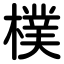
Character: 樸